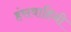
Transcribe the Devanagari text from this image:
हंसवाहिनी